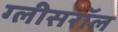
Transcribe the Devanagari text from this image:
ग्लीसरॉल